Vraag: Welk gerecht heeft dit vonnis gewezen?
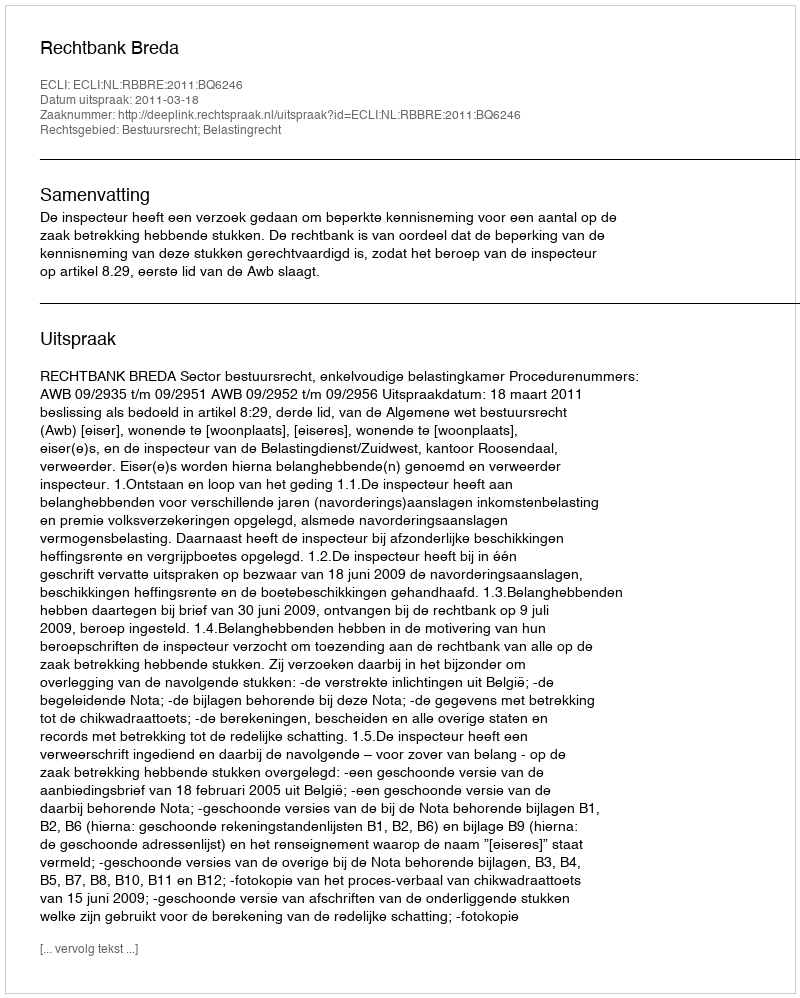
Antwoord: Rechtbank Breda